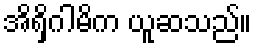
အိရှိဂါမိက ယူဆသည်။